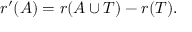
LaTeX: r ^ { \prime } ( A ) = r ( A \cup T ) - r ( T ) .